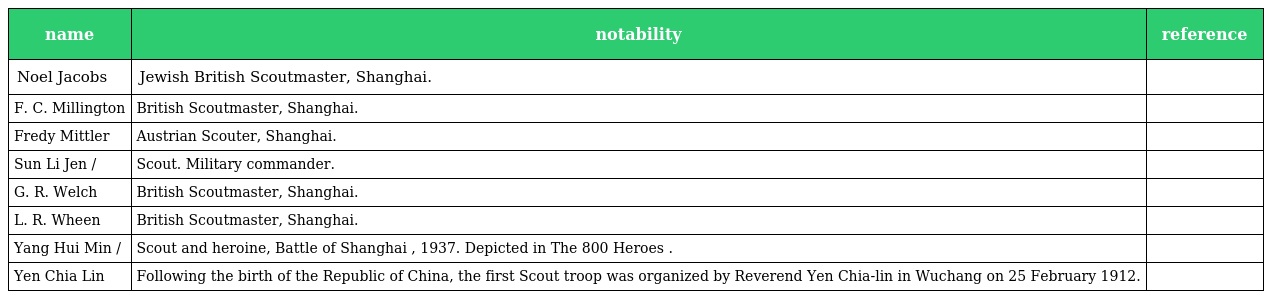
| name | notability | reference |
 | --- | --- | --- |
 | Noel Jacobs | Jewish British Scoutmaster, Shanghai. |  |
 | F. C. Millington | British Scoutmaster, Shanghai. |  |
 | Fredy Mittler | Austrian Scouter, Shanghai. |  |
 | Sun Li Jen / 孫立人 | Scout. Military commander. |  |
 | G. R. Welch | British Scoutmaster, Shanghai. |  |
 | L. R. Wheen | British Scoutmaster, Shanghai. |  |
 | Yang Hui Min / 楊惠敏 | Scout and heroine, Battle of Shanghai , 1937. Depicted in The 800 Heroes . |  |
 | Yen Chia Lin | Following the birth of the Republic of China, the first Scout troop was organized by Reverend Yen Chia-lin in Wuchang on 25 February 1912. |  |